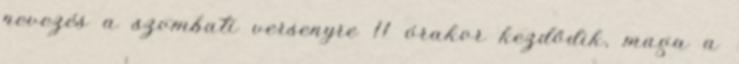
nevezés a szombati versenyre 11 órakor kezdődik, maga a